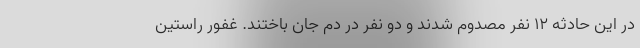
در این حادثه ۱۲ نفر مصدوم شدند و دو نفر در دم جان باختند. غفور راستین